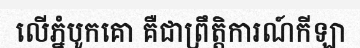
លើភ្នំបូកគោ គឺជាព្រឹត្តិការណ៍កីឡា